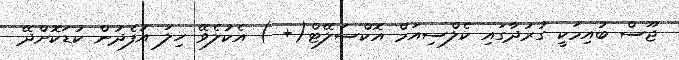
ޖޫސް ބުއިމަކީ ގުރުދާގައި ކެލްސިއަމް އޮކްސަލޭޓް(+ ) އެކުލެވޭ ހިލަ އުފެދުން ކުޑަކޮށްދޭ